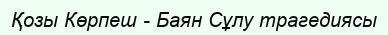
Қозы Көрпеш - Баян Сұлу трагедиясы